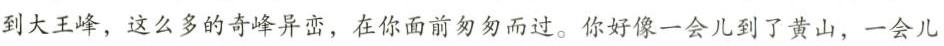
到大王峰，这么多的奇峰异密，在你面前匆匆而过。你好像一会儿到了黄山，一会儿